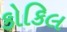
કોકિલ